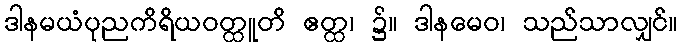
ဒါနမယံပုညကိရိယဝတ္ထူတိ ဧတ္ထ၊ ၌။ ဒါနမေဝ၊ သည်သာလျှင်။